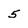
Character: 5